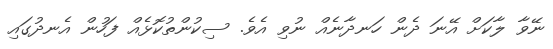
ނޭވާ ލާކަށް އޭނަ ދެން ހަނދާނެއް ނުވި އެވެ. ސިކުންތުކޮޅެއް ފަހުން އެނދުގައި